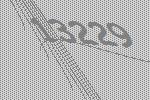
13229